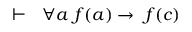
\vdash \ \ \forall a \ f ( a ) \rightarrow \ f ( c )